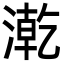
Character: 漧